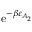
\mathrm { e } ^ { - \beta \ensuremath { \varepsilon } _ { \! A _ { 2 } } }